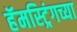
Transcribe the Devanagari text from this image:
हॅमस्ट्रिंगच्या